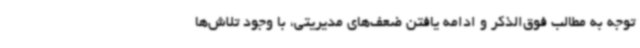
توجه به مطالب فوق‌الذکر و ادامه یافتن ضعف‌های مدیریتی، با وجود تلاش‌ها